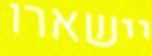
יישארו